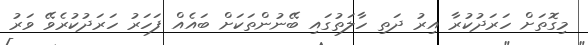
މިގޮތަށް ހަރަދުކުރާ އިރު ދަތި ހާލަތުގައި ބޭނުންތަކަށް ބައެއް ފަހަރު ހަރަދުކުރެވޭ ވަރު